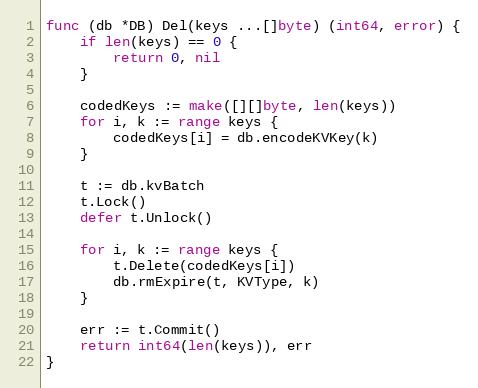
Language: Go
func (db *DB) Del(keys ...[]byte) (int64, error) {
	if len(keys) == 0 {
		return 0, nil
	}

	codedKeys := make([][]byte, len(keys))
	for i, k := range keys {
		codedKeys[i] = db.encodeKVKey(k)
	}

	t := db.kvBatch
	t.Lock()
	defer t.Unlock()

	for i, k := range keys {
		t.Delete(codedKeys[i])
		db.rmExpire(t, KVType, k)
	}

	err := t.Commit()
	return int64(len(keys)), err
}